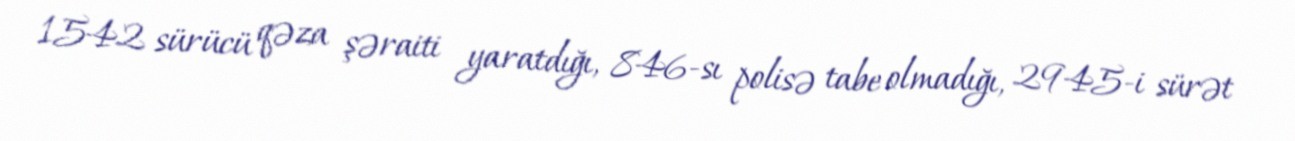
1542 sürücü qəza şəraiti yaratdığı, 846-sı polisə tabe olmadığı, 2945-i sürət